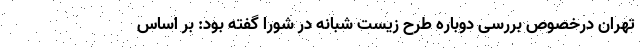
تهران درخصوص بررسی دوباره طرح زیست شبانه در شورا گفته بود: بر اساس